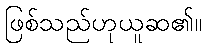
ဖြစ်သည်ဟုယူဆ၏။